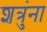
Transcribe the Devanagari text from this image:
शत्रुंना